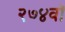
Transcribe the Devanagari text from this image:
२७४वॉ